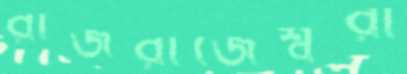
রাজরাজেশ্বরী